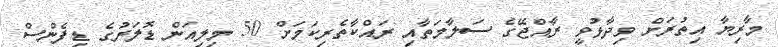
މާރިޔާ އިތުރަށް ވިދާޅުވީ ރާއްޖޭގެ ސަލާމަތާއި ރައްކާތެރިކަމަށް 50 މިލިއަން ޑޮލަރުގެ ޑިފެންސް